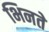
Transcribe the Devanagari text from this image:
भिनते